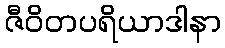
ဇီဝိတပရိယာဒါနာ